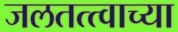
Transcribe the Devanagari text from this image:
जलतत्त्वाच्या